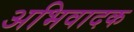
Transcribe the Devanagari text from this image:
अभिवादक